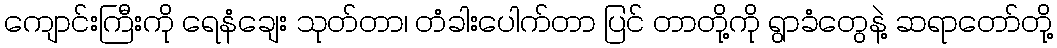
ကျောင်းကြီးကို ရေနံချေး သုတ်တာ၊ တံခါးပေါက်တာ ပြင် တာတို့ကို ရွာခံတွေနဲ့ ဆရာတော်တို့